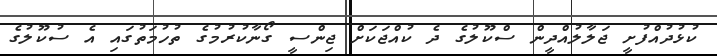
ކުޅުދުއްފުށީ ޖަލާލުއްދީން ސްކޫލުގެ ދެ ކުއްޖަކަށް ޖިންސީ ގޯނާކުރުމުގެ ތުހުމަތުގައި އެ ސުކޫލުގެ